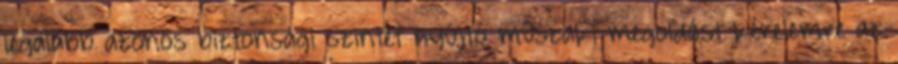
legalább azonos biztonsági szintet nyújtó mûszaki megoldást kérelemre az